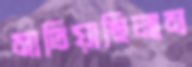
মাতিয়াছিলাম